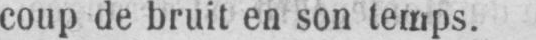
coup de bruit en son temps.